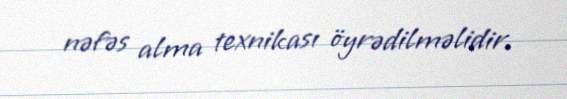
nəfəs alma texnikası öyrədilməlidir.